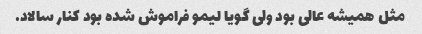
مثل همیشه عالی بود ولی گویا لیمو فراموش شده بود کنار سالاد.